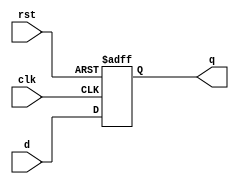
module d_flip_flop (
  input d,
  input clk,
  input rst,
  output reg q
);

always @(posedge clk or posedge rst)
begin
  if(rst)
    q <= 1'b0; // Reset state
  else
    q <= d; // Update state on clock edge
end

endmodule